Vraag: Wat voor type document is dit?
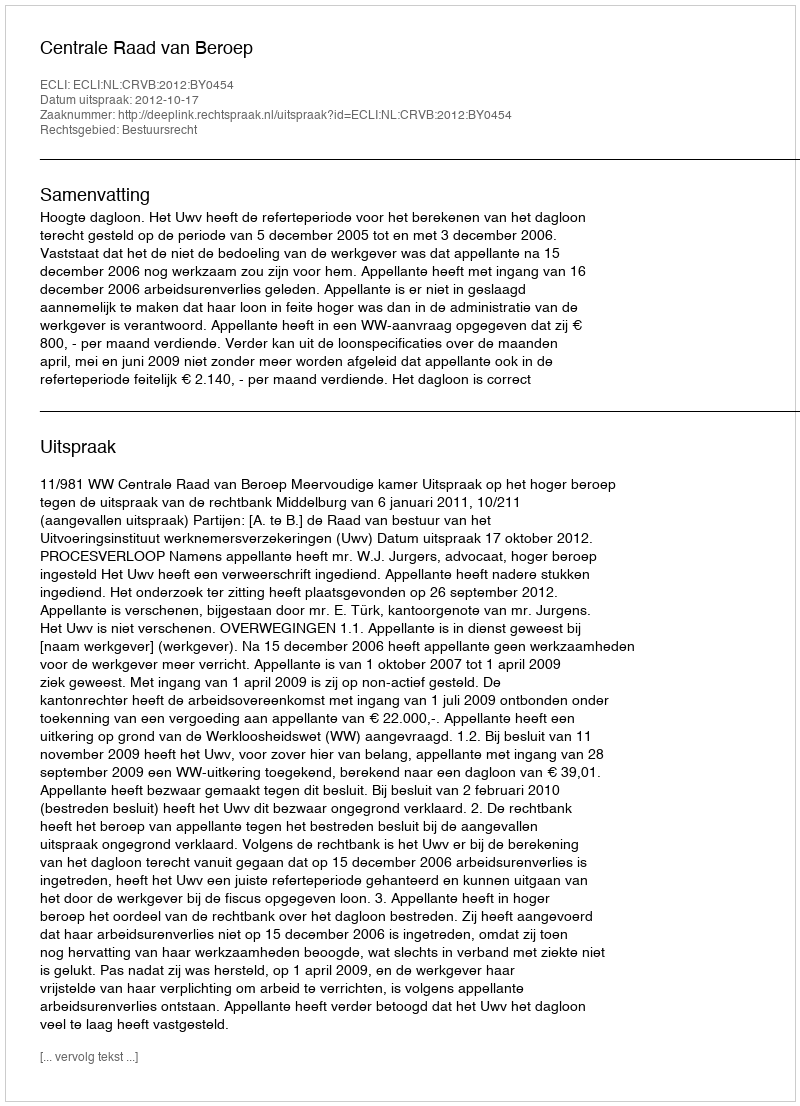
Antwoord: Uitspraak